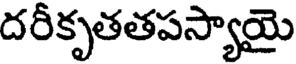
దరీకృతతపస్యాయై